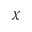
\chi